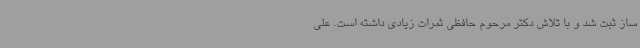
ساز ثبت شد و با تلاش دکتر مرحوم حافظی ثمرات زیادی داشته است. علی